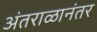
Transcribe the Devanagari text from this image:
अंतराळानंतर